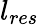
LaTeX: l_{res}